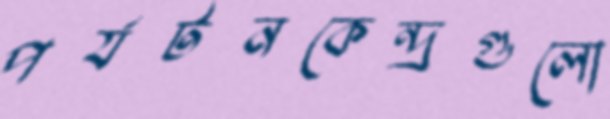
পর্যটনকেন্দ্রগুলো